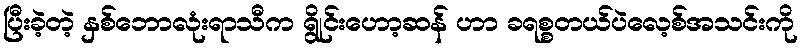
ပြီးခဲ့တဲ့ နှစ်ဘောလုံးရာသီက ရွိုင်းဟော့ဆန် ဟာ ခရစ္စတယ်ပဲလေ့စ်အသင်းကို